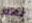
نعم